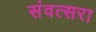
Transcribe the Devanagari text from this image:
संवत्सरा